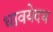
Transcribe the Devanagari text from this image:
धावयेदथ